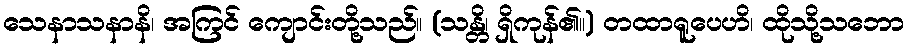
သေနာသနာနိ၊ အကြင် ကျောင်းတို့သည်။ (သန္တိ၊ ရှိကုန်၏။) တထာရူပေဟိ၊ ထိုသို့သဘော